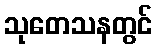
သုတေသနတွင်